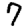
Digit: 7